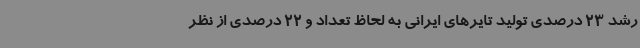
رشد 23 درصدی تولید تایرهای ایرانی به لحاظ تعداد و 22 درصدی از نظر